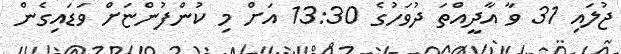
ޖުލައި 31 ވާ އާދީއްތަ ދުވަހުގެ 13:30 އަށް މި ކުންފުންޏަށް ވަޑައިގެން